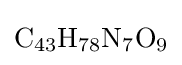
{\ce {C43H78N7O9}}